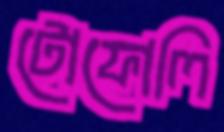
টোফোলি